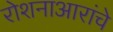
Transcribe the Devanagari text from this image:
रोशनाआरांचे